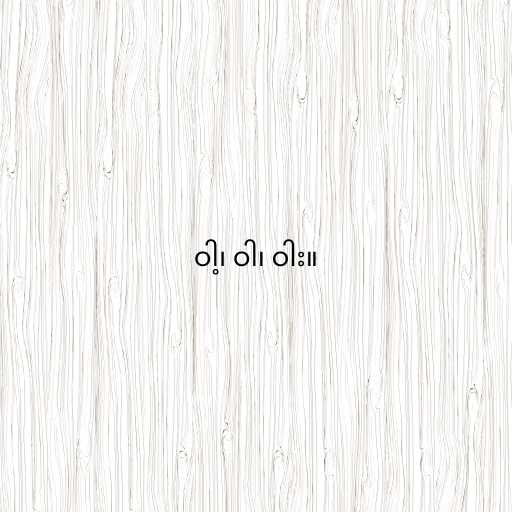
ဝါ့၊ ဝါ၊ ဝါး။